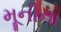
મૂનીના